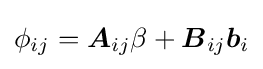
\phi _{ij}={\boldsymbol {A}}_{ij}\beta +{\boldsymbol {B}}_{ij}{\boldsymbol {b}}_{i}